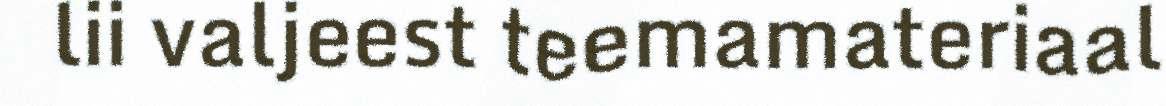
lii valjeest teemamateriaal